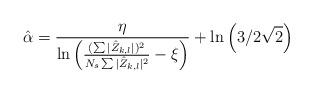
LaTeX: \begin{align*}\hat{\alpha} = \frac{\eta}{\ln\left(\frac{(\sum|\hat{Z}_{k,l}|)^2}{N_s\sum|\hat{Z}_{k,l}|^2}-\xi\right)}+\ln\left(3/2\sqrt{2}\right)\end{align*}